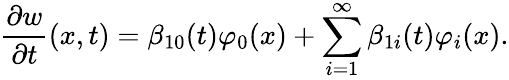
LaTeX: \frac{\partial w}{\partial t}(x,t)=\beta_{10}(t)\varphi_{0}(x)+\sum_{i=1}^{\infty}\beta_{1i}(t)\varphi_{i}(x).